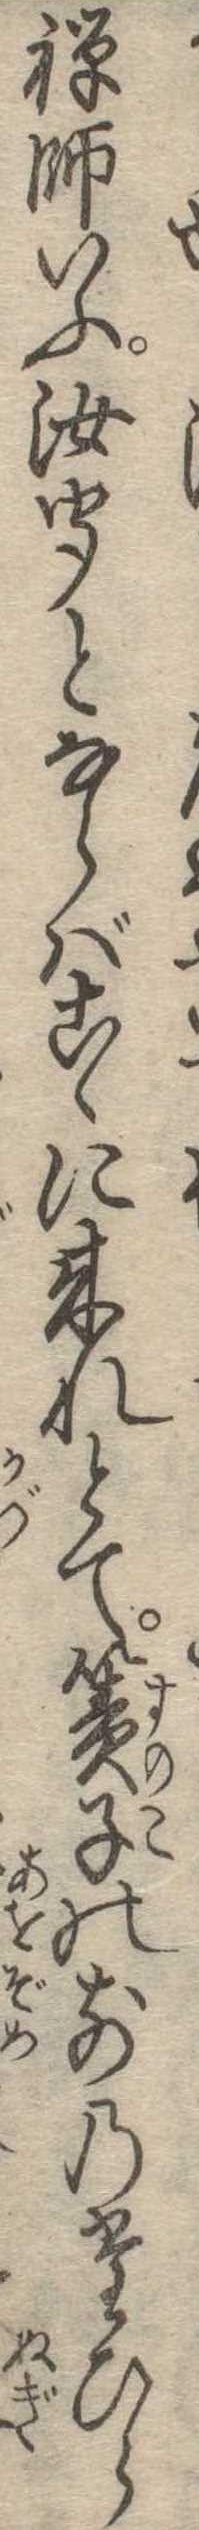
禅師いふ汝聞とならばこゝに来れとて簀子の前のたひら